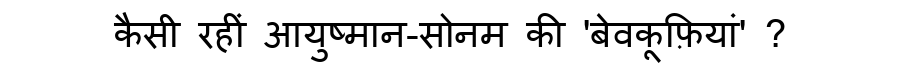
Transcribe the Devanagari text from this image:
कैसी रहीं आयुष्मान-सोनम की 'बेवकूफ़ियां' ?